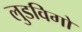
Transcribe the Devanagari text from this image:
लुडविगो